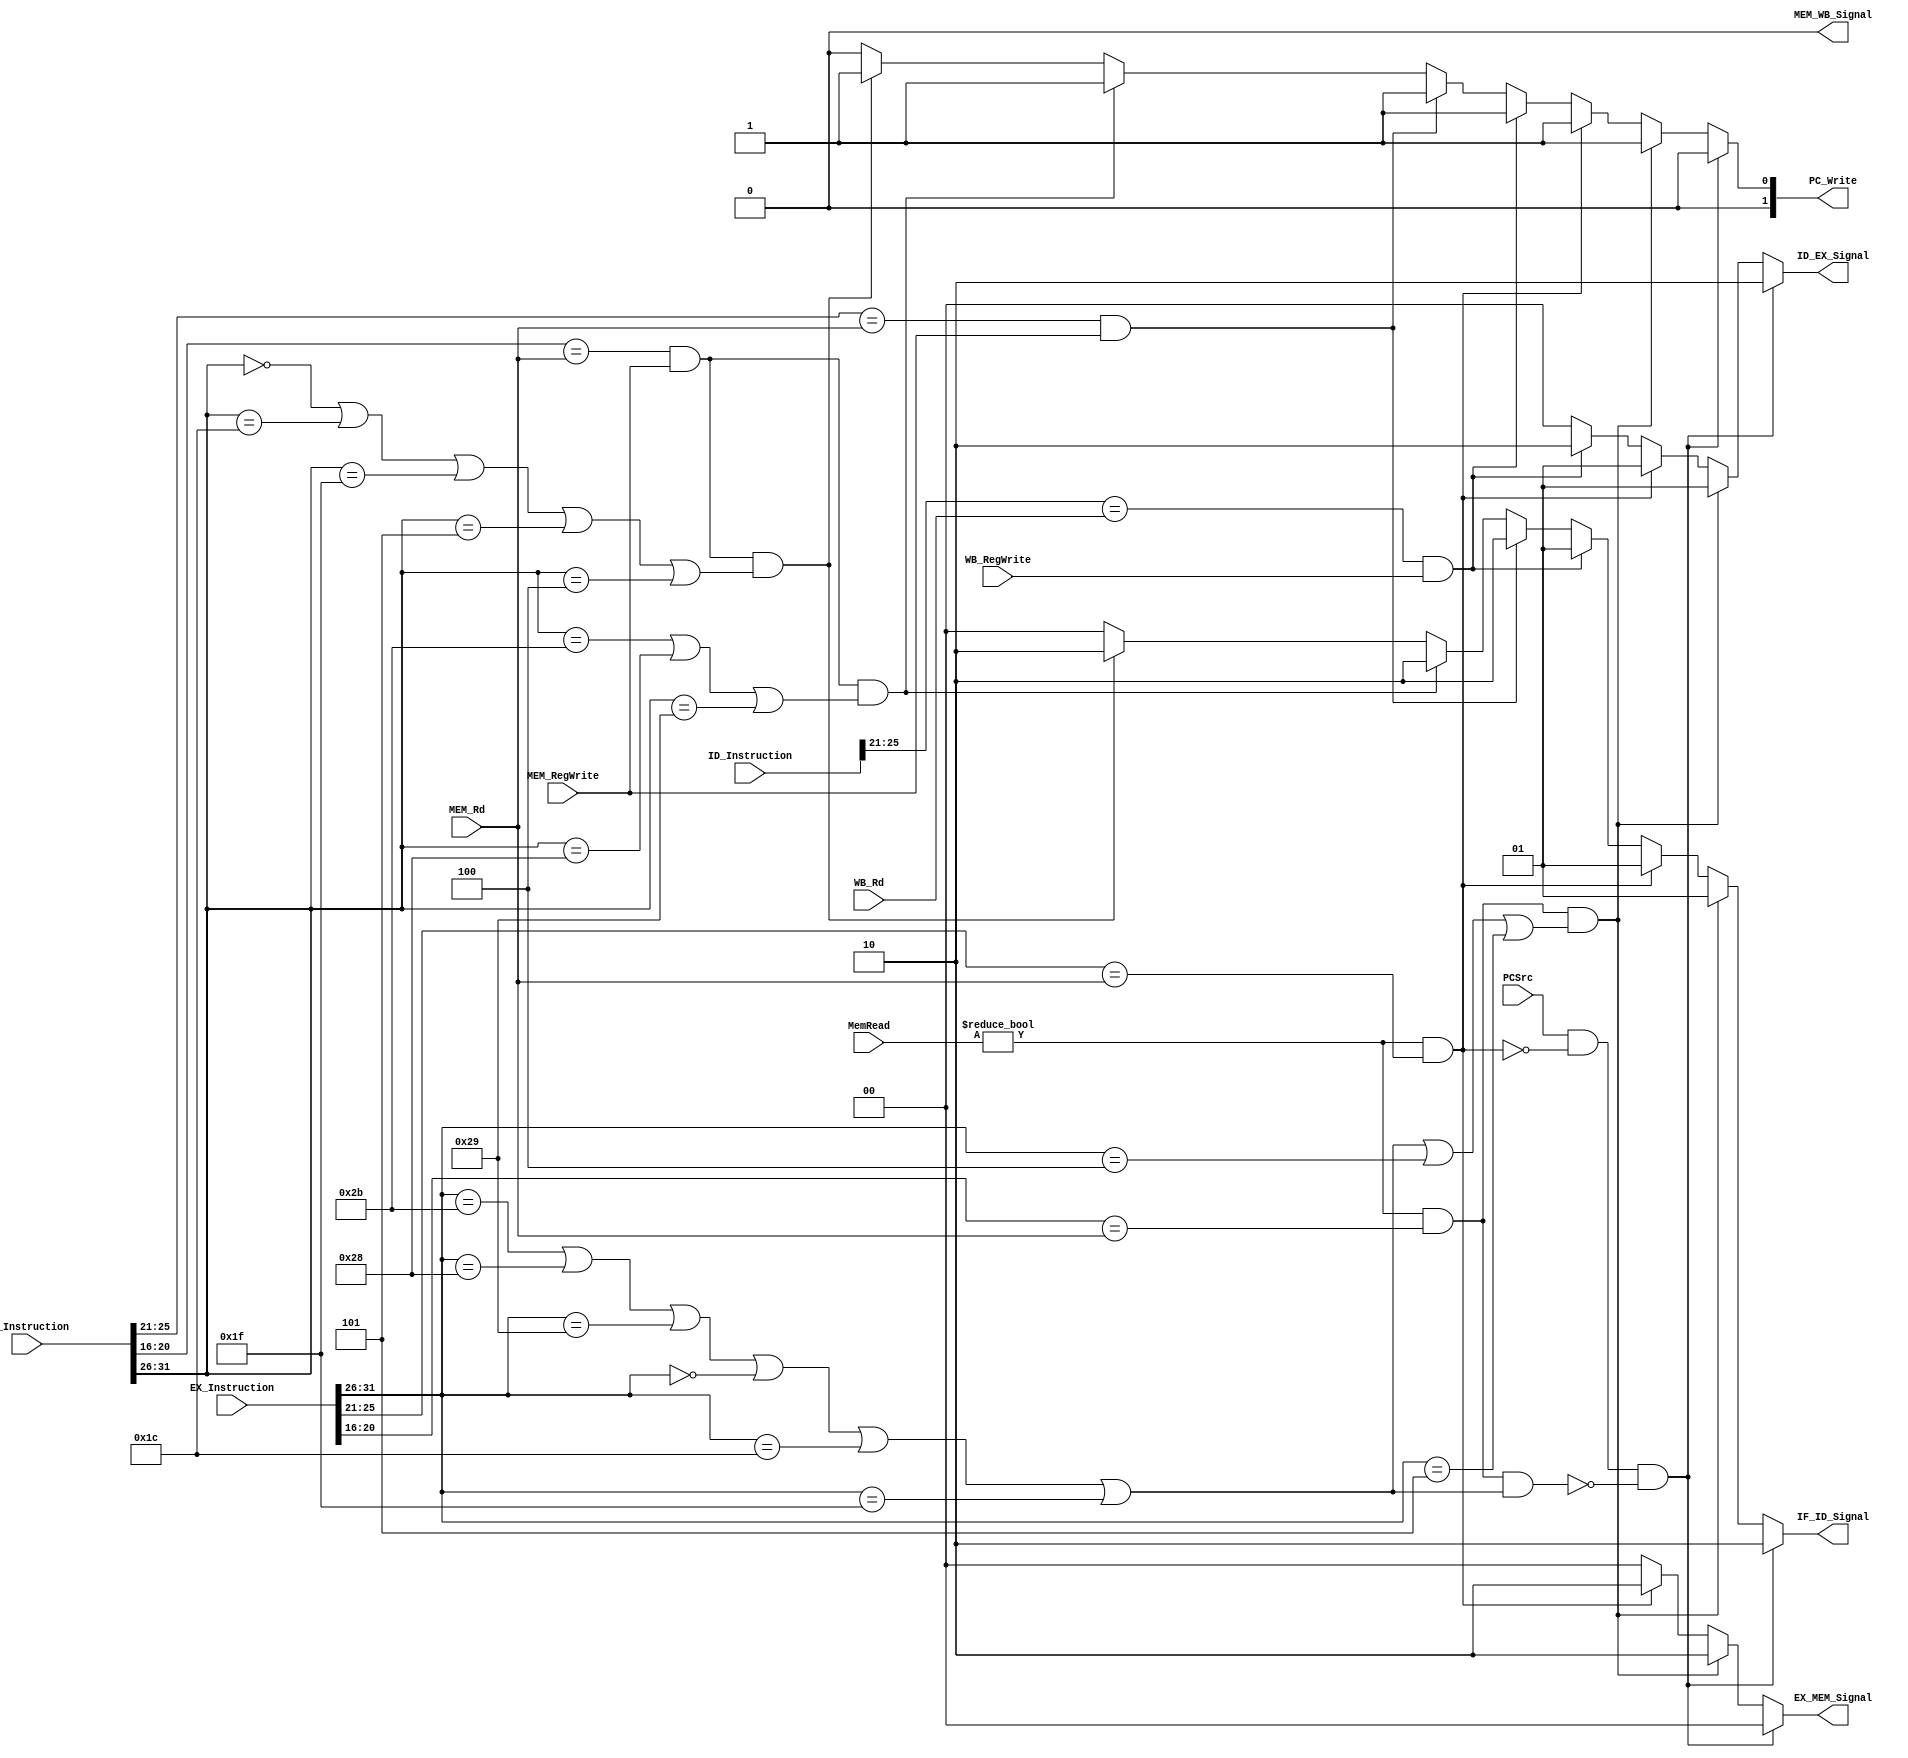
module DataHazard(PCSrc, IF_Instruction, ID_Instruction, EX_Instruction, MEM_Rd, WB_Rd, WB_RegWrite, MEM_RegWrite, MemRead,IF_ID_Signal, ID_EX_Signal, EX_MEM_Signal, MEM_WB_Signal, PC_Write);

	input PCSrc;
	input [31:0] IF_Instruction;
	input [31:0] EX_Instruction;
	input [31:0] ID_Instruction;
	input [31:0] MEM_Rd;
	input [31:0] WB_Rd;
	input [1:0] MemRead;
	input WB_RegWrite, MEM_RegWrite;
	output reg [1:0]IF_ID_Signal;
	output reg [1:0]ID_EX_Signal;
	output reg [1:0]EX_MEM_Signal;
	output reg MEM_WB_Signal;
	output reg [1:0]PC_Write;
	reg [5:0]EX_Opcode;
	reg [5:0]ID_Opcode;
	reg [5:0]IF_Opcode;
	reg [5:0]IF_Rt;
	reg [5:0]IF_Rs;
	reg [31:0]ID_Rt; // Bits 20-16
    reg [31:0]ID_Rs; // Bits 25-21
    reg [31:0]EX_Rt;
    reg [31:0]EX_Rs;
	
	always @(*)begin
	EX_Opcode = EX_Instruction[31:26];
	ID_Opcode = ID_Instruction[31:26];
	IF_Opcode = IF_Instruction[31:26];
	ID_Rs = ID_Instruction[25:21];
	ID_Rt = ID_Instruction[20:16];
	IF_Rs = IF_Instruction[25:21];
	IF_Rt = IF_Instruction[20:16];
	EX_Rs = EX_Instruction[25:21];
	EX_Rt = EX_Instruction[20:16];
	
	/*Data hazard is organized based on the stage of the dependency*/
	//If there is a dependency in the execution stage, this will be towards the top of the "if" statements.
	//A dependency in the execution stage will stall all the other following instructions as well
	/*Branching & jumping*/
	if((PCSrc==1) && !((MemRead != 0) && (EX_Rs == MEM_Rd)) && !((MemRead != 0) && (EX_Rt == MEM_Rd) && (EX_Opcode=='b101011 || EX_Opcode=='b101000 || EX_Opcode=='b101001 || EX_Opcode=='b000000 || EX_Opcode=='b011100 || EX_Opcode=='b011111)))begin //no addi lw occrurring
        IF_ID_Signal = 2;
        ID_EX_Signal = 2;
        EX_MEM_Signal = 0;
        MEM_WB_Signal = 0;
        PC_Write = 0;
	end
	/**/
    else if((MemRead != 0) && (EX_Rt == MEM_Rd) && (EX_Opcode=='b101011 || EX_Opcode=='b101000 || EX_Opcode=='b101001 || EX_Opcode=='b000000 || EX_Opcode=='b011100 || EX_Opcode=='b011111 || EX_Opcode=='b000100||EX_Opcode=='b000101))begin
       IF_ID_Signal = 1; // Stalling IF_ID register //This is stalling correctly because the PCWrite is sending the same instruction
       ID_EX_Signal = 1; // Stalling ID_EX register
       EX_MEM_Signal = 'b10;
       MEM_WB_Signal = 0;      
       PC_Write = 1;
    end
    else if((MemRead != 0) && (EX_Rs == MEM_Rd))begin
       IF_ID_Signal = 1; // Stalling IF_ID register
       ID_EX_Signal = 1; // Stalling ID_EX register
       EX_MEM_Signal = 'b10;
       MEM_WB_Signal = 0;    
       PC_Write = 1;       
    end
    else if((ID_Rs == WB_Rd) && (WB_RegWrite == 1))begin
       IF_ID_Signal = 1; // Stalling IF_ID register
       ID_EX_Signal = 'b10; // Flushing ID_EX register
       EX_MEM_Signal = 0;
       MEM_WB_Signal = 0;
       PC_Write = 1;
    end
	else if((IF_Rs == MEM_Rd) && (MEM_RegWrite ==1))begin //This should handle all dependencies from Memory, addi's should work as well as load's
        IF_ID_Signal = 'b10; // Flushing IF_ID register
        ID_EX_Signal = 0;
        EX_MEM_Signal = 0;
        MEM_WB_Signal = 0;
        PC_Write = 1;
	end
	else if(((IF_Rt == MEM_Rd) && (MEM_RegWrite == 1)) && (IF_Opcode=='b101011 || IF_Opcode=='b101000 || IF_Opcode=='b101001))begin// sw, sh, sb
        IF_ID_Signal = 'b10; // Flushing IF_ID register 
        ID_EX_Signal = 0;
        EX_MEM_Signal = 0;
        MEM_WB_Signal = 0;
        PC_Write = 1;
	end
	else if(((IF_Rt == MEM_Rd) && (MEM_RegWrite == 1))&&(IF_Opcode=='b000000 || IF_Opcode=='b011100 || IF_Opcode=='b011111 || IF_Opcode=='b000101 || IF_Opcode=='b000100))begin //arithmetic
	    IF_ID_Signal = 'b10;  // Flushing IF_ID register 
        ID_EX_Signal = 0;
        EX_MEM_Signal = 0;
        MEM_WB_Signal = 0;
        PC_Write = 1;
	end
	else begin
	IF_ID_Signal=0;
	ID_EX_Signal=0;
	EX_MEM_Signal=0;
    MEM_WB_Signal=0;
    PC_Write = 0;
	end
    end

endmodule